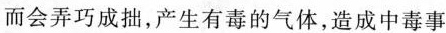
而会弄巧成拙，产生有毒的气体，造成中毒事